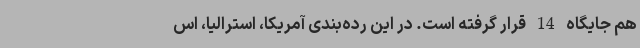
هم جایگاه 14 قرار گرفته است. در این رده‌بندی آمریکا، استرالیا، اس